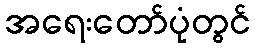
အရေးတော်ပုံတွင်